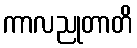
ကာလညုတာတိ